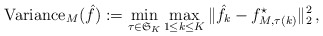
\begin{align*}\mathrm{Variance}_M(\hat f):=\min_{\tau\in\mathfrak S_{K}}\max_{1\leq k\leq K}\|\hat f_k-f^\star_{M,\tau(k)}\|_2^2\,,\end{align*}